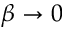
\beta \to 0